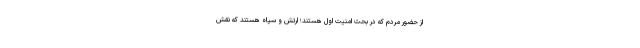
از حضور مردم که در بحث امنیت اول هستند؛ ‌ارتش و سپاه هستند که نقش